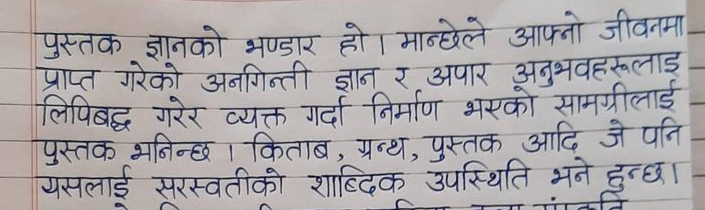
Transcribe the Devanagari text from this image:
पुस्तक ज्ञानको भण्डार हो । मान्छेले आफ्नो जीवनमा
प्राप्त गरेको अनगिन्ती ज्ञान र अपार अनुभवहरुलाइ
लिपिबद्ध गरेर व्यक्त गर्दा निर्माण भएको सामग्रीलाई -
पुस्तक भनिन्छ । किताब, ग्रन्थ, पुस्तक आदि जे पनि
यसलाई सरस्वतीको शाब्दिक उपस्थिति भने हुन्छा